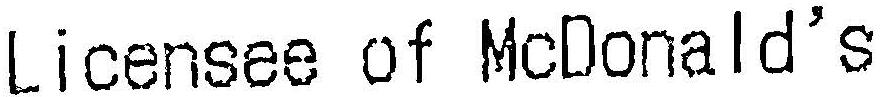
LICENSEE OF MCDONALD'S